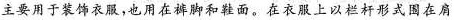
主要用于装饰衣服，也用在裤脚和鞋面。在衣服上以社杆形式围在肩